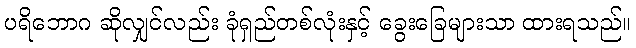
ပရိဘောဂ ဆိုလျှင်လည်း ခုံရှည်တစ်လုံးနှင့် ခွေးခြေများသာ ထားရသည်။